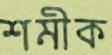
শমীক